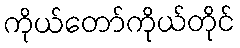
ကိုယ်တော်ကိုယ်တိုင်